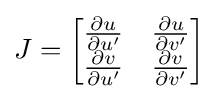
J={\begin{bmatrix}{\frac {\partial u}{\partial u'}}&{\frac {\partial u}{\partial v'}}\\{\frac {\partial v}{\partial u'}}&{\frac {\partial v}{\partial v'}}\end{bmatrix}}